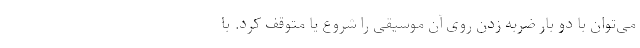
می‌توان با دو بار ضربه زدن روی آن موسیقی را شروع یا متوقف کرد. با